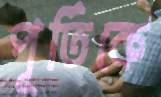
পূর্তিকে